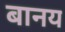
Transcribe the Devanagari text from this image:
बानय